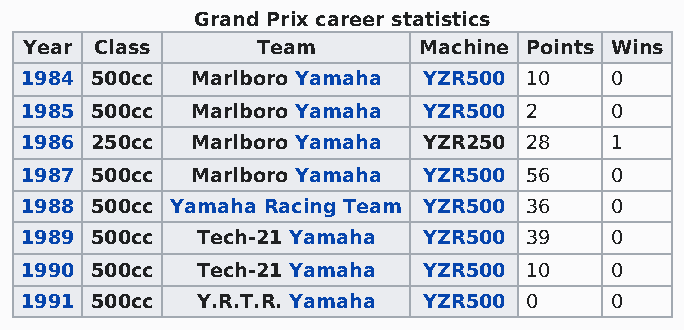
Grand Prix career statistics
 Year Class     Team       Machine Points Wins
 1984 500cc  Marlboro Yamaha YZR500 10  0
 1985 500cc  Marlboro Yamaha YZR500 2   0
 1986 250cc  Marlboro Yamaha YZR250 28  1
 1987 500cc  Marlboro Yamaha YZR500 56  0
 1988 500cc Yamaha Racing Team YZR500 36 0
 1989 500cc  Tech-21 Yamaha YZR500 39   0
 1990 500cc  Tech-21 Yamaha YZR500 10   0
 1991 500cc  Y.R.T.R. Yamaha YZR500 0   0